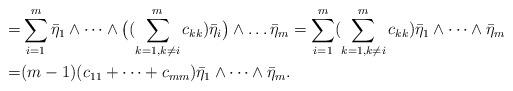
LaTeX: \begin{align*}=& \sum_{i=1}^m \bar{\eta}_1 \wedge \cdots \wedge\big( (\sum_{k=1, k\neq i}^{m} c_{kk}) \bar{\eta}_i \big) \wedge \ldots \bar{\eta}_m = \sum_{i=1}^m (\sum_{k=1, k\neq i}^{m} c_{kk}) \bar{\eta}_1 \wedge \cdots \wedge \bar{\eta}_m \\=& (m-1) (c_{11} + \cdots + c_{mm}) \bar{\eta}_1 \wedge \cdots \wedge \bar{\eta}_m.\end{align*}